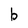
Character: b